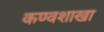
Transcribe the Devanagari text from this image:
कण्वशाखा